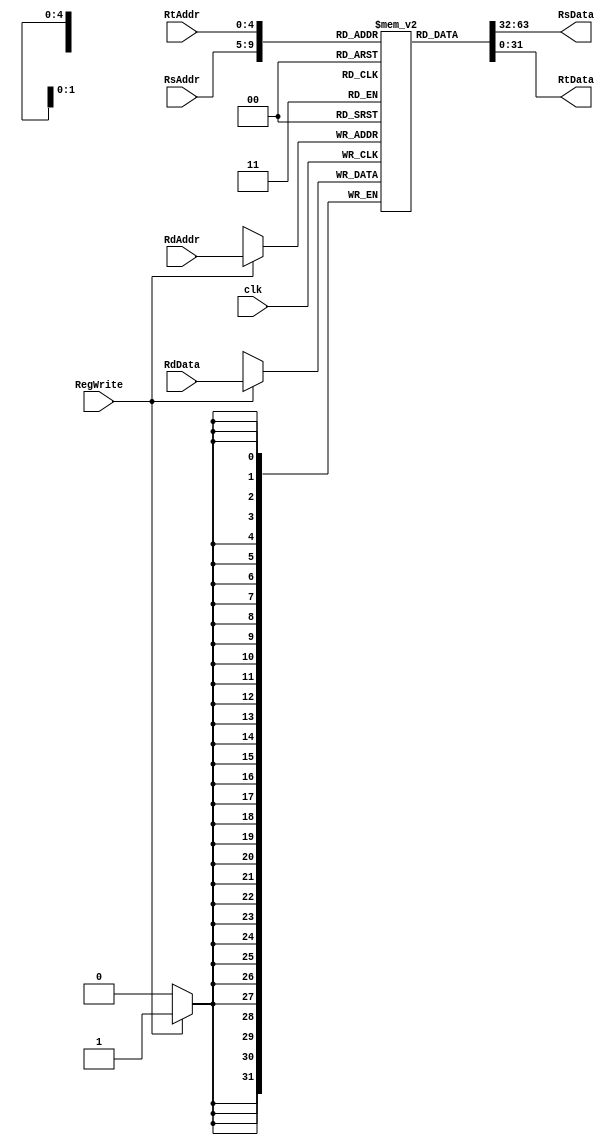
/*
 *	Template for Project 2 Part 1
 *	Copyright (C) 2022  Chen Chia Yi or any person belong ESSLab.
 *	All Right Reserved.
 *
 *	This program is free software: you can redistribute it and/or modify
 *	it under the terms of the GNU General Public License as published by
 *	the Free Software Foundation, either version 3 of the License, or
 *	(at your option) any later version.
 *
 *	This program is distributed in the hope that it will be useful,
 *	but WITHOUT ANY WARRANTY; without even the implied warranty of
 *	MERCHANTABILITY or FITNESS FOR A PARTICULAR PURPOSE.  See the
 *	GNU General Public License for more details.
 *
 *	You should have received a copy of the GNU General Public License
 *	along with this program.  If not, see <https://www.gnu.org/licenses/>.
 *
 *	This file is for people who have taken the cource (1102 Computer
 *	Organizarion) to use.
 *	We (ESSLab) are not responsible for any illegal use.
 *
 */
 
/*
 * Macro of size declaration of register memory
 * CAUTION: DONT MODIFY THE NAME AND VALUE.
 */
`define REG_MEM_SIZE	32	// Words

/*
 * Declaration of Register File for this project.
 * CAUTION: DONT MODIFY THE NAME.
 */
module RF(
	// Outputs
	output [31:0] RsData,
	output [31:0] RtData,
	// Inputs
	input [4:0] RsAddr,
	input [4:0] RtAddr,
	input [4:0] RdAddr,
	input [31:0] RdData,
	input RegWrite,
	input clk
);

	/* 
	 * Declaration of inner register.
	 * CAUTION: DONT MODIFY THE NAME AND SIZE.
	 */
	reg [31:0]R[0:`REG_MEM_SIZE - 1];

	assign RsData = R[RsAddr];
	assign RtData = R[RtAddr];

	always @(negedge clk) begin
		if(RegWrite)
			R[RdAddr] <= RdData;
	end

endmodule